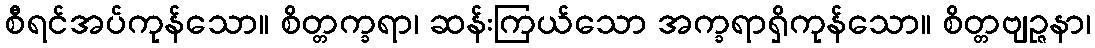
စီရင်အပ်ကုန်သော။ စိတ္တက္ခရာ၊ ဆန်းကြယ်သော အက္ခရာရှိကုန်သော။ စိတ္တဗျဉ္ဇနာ၊